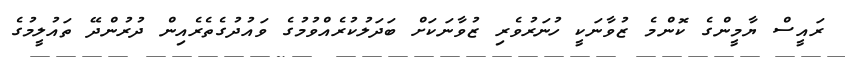
ރައީސް ޔާމީންގެ ކޮންމެ ޒުވާނަކީ ހުނަރުވެރި ޒުވާނަކަށް ބަދަލުކުރެއްވުމުގެ ވައުދުގެތެރެއިން ދުރުންދޭ ތައުލީމުގެ